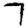
Digit: 7